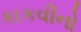
કાકવીનો